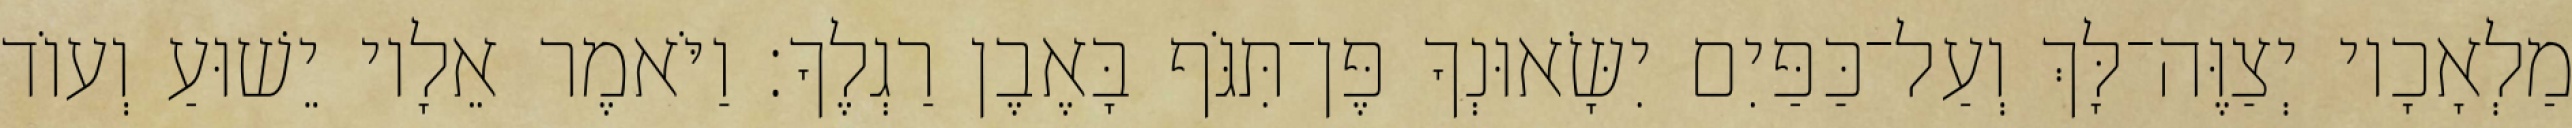
מַלְאָכָיו יְצַוֶּה־לָּךְ וְעַל־כַּפַּיִם יִשָּׂאוּנְךָ פֶּן־תִּגֹּף בָּאֶבֶן רַגְלֶךָ׃ וַיֹּאמֶר אֵלָיו יֵשׁוּעַ וְעוֹד